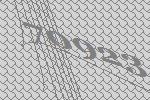
70923